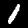
Digit: 1